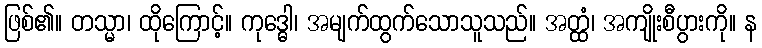
ဖြစ်၏။ တသ္မာ၊ ထိုကြောင့်။ ကုဒ္ဓေါ၊ အမျက်ထွက်သောသူသည်။ အတ္ထံ၊ အကျိုးစီပွားကို။ န